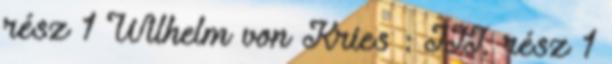
rész 1 Wilhelm von Kries : III. rész 1